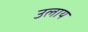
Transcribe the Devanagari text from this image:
उलाय